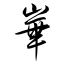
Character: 崋